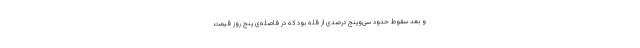
و بعد سقوط حدود سی‌وپنج درصدی از قله بود که در فاصله‌ی پنج روز قیمت